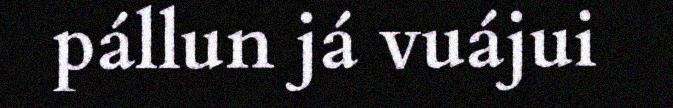
pállun já vuájui